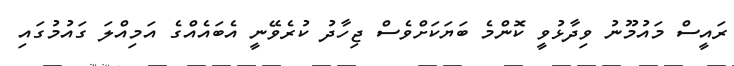
ރައީސް މައުމޫނު ވިދާޅުވީ ކޮންމެ ބަޔަކަށްވެސް ޖިހާދު ކުރެވޭނީ އެބައެއްގެ އަމިއްލަ ގައުމުގައި